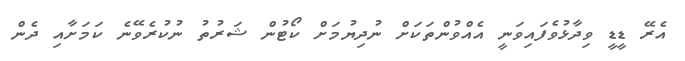
އެރޭ ޑީޑީ ވިދާޅުވެފައިވަނީ އެއްވުންތަކަށް ނުދިޔުމަށް ކޯޓުން ޝަރުތު ނުކުރެވޭނެ ކަމަށާއި ދެން